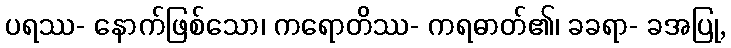
ပရဿ- နောက်ဖြစ်သော၊ ကရောတိဿ- ကရဓာတ်၏၊ ခခရာ- ခအပြု,